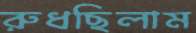
রুধছিলাম